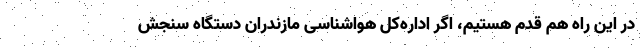
در این راه هم قدم هستیم، اگر اداره‌کل هواشناسی مازندران دستگاه سنجش